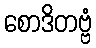
စောဒိတဗ္ဗံ